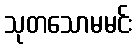
သုတသောမမင်း